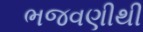
ભજવણીથી